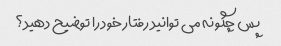
پس چگونه می توانید رفتار خود را توضیح دهید؟